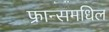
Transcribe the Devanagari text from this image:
फ्रान्समधिल